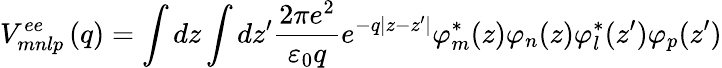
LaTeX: V_{mnlp}^{ee}\left(q\right)=\int{dz\int{dz{'}\frac{2\pi e^{2}}{{\varepsilon}_{0}q}e^{-q\left|z-z{'}\right|}{\varphi}_{m}^{*}(z)}}{\varphi}_{n}(z){\varphi}_{l}^{*}(z{'}){\varphi}_{p}(z{'})